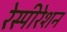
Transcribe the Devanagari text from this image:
रेस्पीरेशन